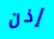
إذن